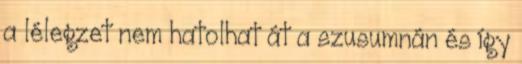
a lélegzet nem hatolhat át a szusumnán és így